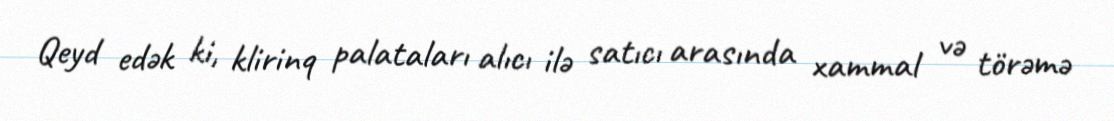
Qeyd edək ki, klirinq palataları alıcı ilə satıcı arasında xammal və törəmə